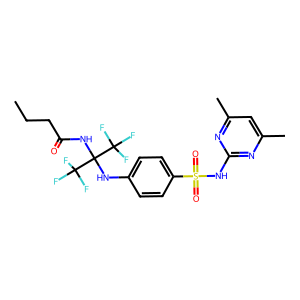
SMILES: CCCC(=O)NC(Nc1ccc(S(=O)(=O)Nc2nc(C)cc(C)n2)cc1)(C(F)(F)F)C(F)(F)F
Inhibits HIV replication: No